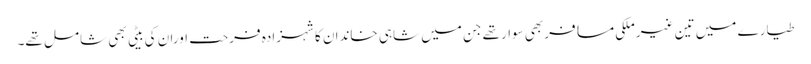
طیارے میں تین غیرملکی مسافربھی سوارتھے جن میں شاہی خاندان کاشہزادہ فرحت اوران کی بیٹی بھی شامل تھے۔